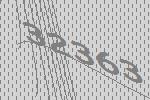
32363